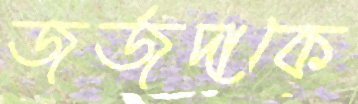
জর্জদাকে